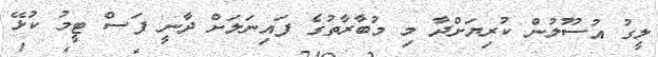
ލީގު އުސޫލުން ކުރިޔަށްދާ މި މުބާރާތުގެ ފައިނަލަށް ދާނީ ފަސް ޓީމު ކުޅޭ